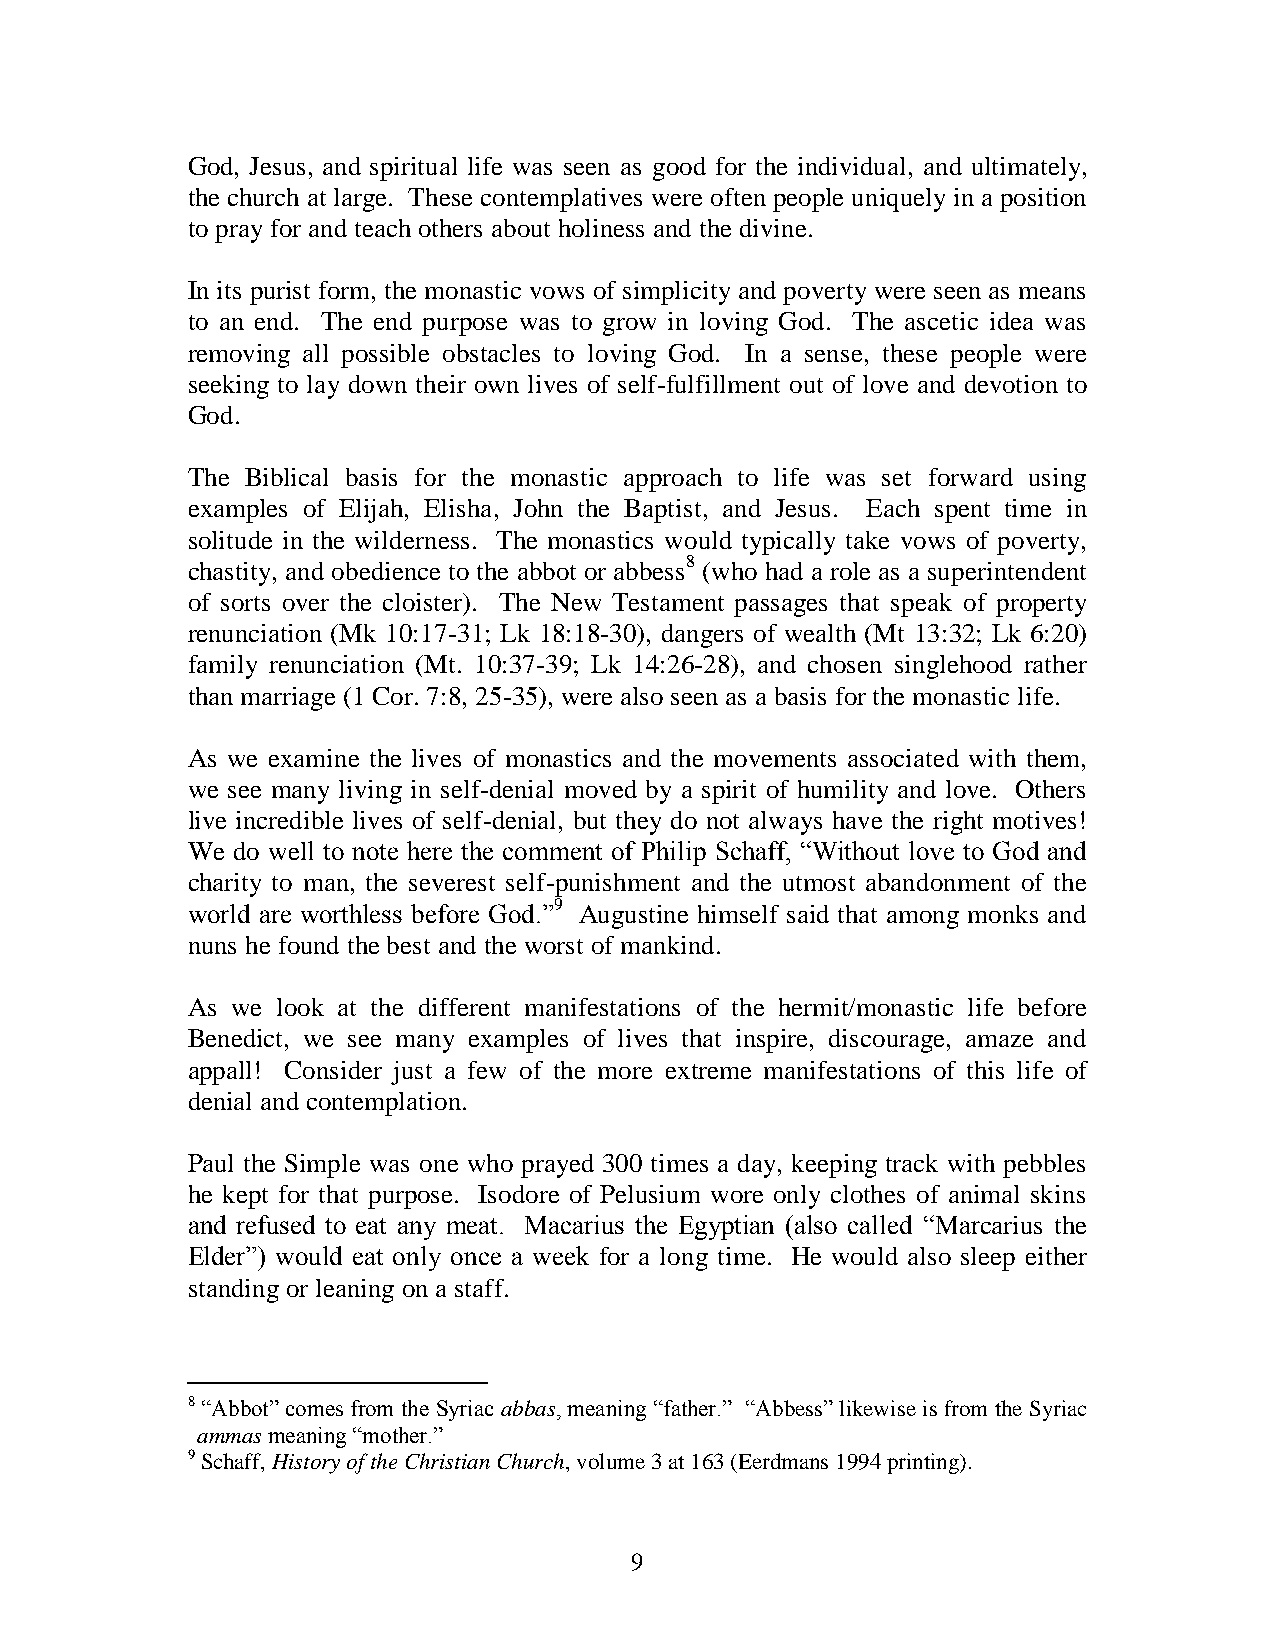
God, Jesus, and spiritual life was seen as good for the individual, and ultimately,
 the church at large. These contemplatives were often people uniquely in a position
 to pray for and teach others about holiness and the divine.
 In its purist form, the monastic vows of simplicity and poverty were seen as means
 to an end. The end purpose was to grow in loving God. The ascetic idea was
 removing all possible obstacles to loving God. In a sense, these people were
 seeking to lay down their own lives of self-fulfillment out of love and devotion to
 God.
 The Biblical basis for the monastic approach to life was set forward using
 examples of Elijah, Elisha, John the Baptist, and Jesus. Each spent time in
 solitude in the wilderness. The monastics would typically take vows of poverty,
 chastity, and obedience to the abbot or abbess8 (who had a role as a superintendent
 of sorts over the cloister). The New Testament passages that speak of property
 renunciation (Mk 10:17-31; Lk 18:18-30), dangers of wealth (Mt 13:32; Lk 6:20)
 family renunciation (Mt. 10:37-39; Lk 14:26-28), and chosen singlehood rather
 than marriage (1 Cor. 7:8, 25-35), were also seen as a basis for the monastic life.
 As we examine the lives of monastics and the movements associated with them,
 we see many living in self-denial moved by a spirit of humility and love. Others
 live incredible lives of self-denial, but they do not always have the right motives!
 We do well to note here the comment of Philip Schaff, “Without love to God and
 charity to man, the severest self-punishment and the utmost abandonment of the
 world are worthless before God.”9 Augustine himself said that among monks and
 nuns he found the best and the worst of mankind.
 As we look at the different manifestations of the hermit/monastic life before
 Benedict, we see many examples of lives that inspire, discourage, amaze and
 appall! Consider just a few of the more extreme manifestations of this life of
 denial and contemplation.
 Paul the Simple was one who prayed 300 times a day, keeping track with pebbles
 he kept for that purpose. Isodore of Pelusium wore only clothes of animal skins
 and refused to eat any meat. Macarius the Egyptian (also called “Marcarius the
 Elder”) would eat only once a week for a long time. He would also sleep either
 standing or leaning on a staff.
 8 “Abbot” comes from the Syriac abbas, meaning “father.” “Abbess” likewise is from the Syriac
 ammas meaning “mother.”
 9 Schaff, History of the Christian Church, volume 3 at 163 (Eerdmans 1994 printing).
 9